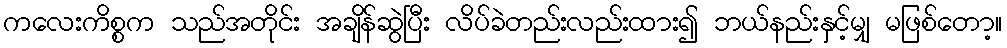
ကလေးကိစ္စက သည်အတိုင်း အချိန်ဆွဲပြီး လိပ်ခဲတည်းလည်းထား၍ ဘယ်နည်းနှင့်မျှ မဖြစ်တော့။